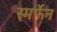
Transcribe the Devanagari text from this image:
स्मर्फेन